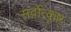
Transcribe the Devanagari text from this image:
सर्वोत्कॄष्ट